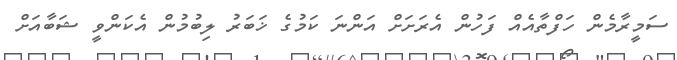
ސަމީރާމެން ހަފްތާއެއް ފަހުން އެރަށަށް އަންނަ ކަމުގެ ޚަބަރު ލިބުމުން އެކަންވީ ޝަބާއަށް